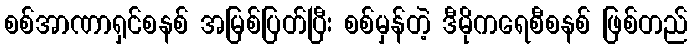
စစ်အာဏာရှင်စနစ် အမြစ်ပြတ်ပြီး စစ်မှန်တဲ့ ဒီမိုကရေစီစနစ် ဖြစ်တည်